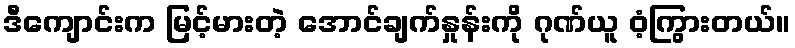
ဒီကျောင်းက မြင့်မားတဲ့ အောင်ချက်နှုန်းကို ဂုဏ်ယူ ဝံ့ကြွားတယ်။